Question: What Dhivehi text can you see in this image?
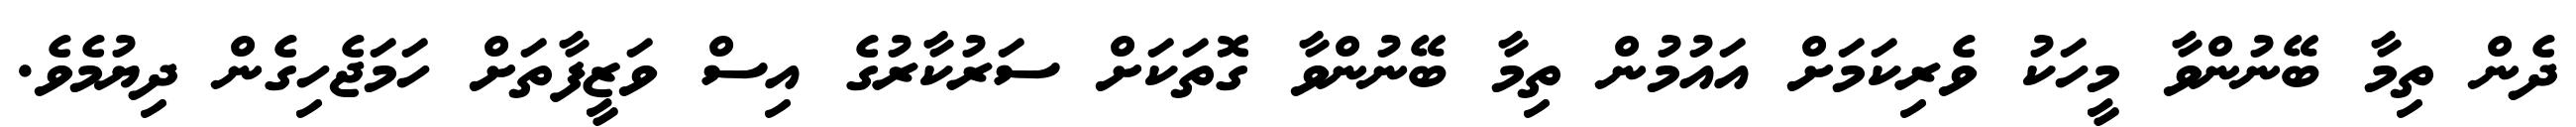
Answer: ދެން ތިމާ ބޭނުންވާ މީހަކު ވެރިކަމަށް އައުމުން ތިމާ ބޭނުންވާ ގޮތަކަށް ސަރުކާރުގެ އިސް ވަޒީފާތަށް ހަމަޖެހިގެން ދިޔުމެވެ.